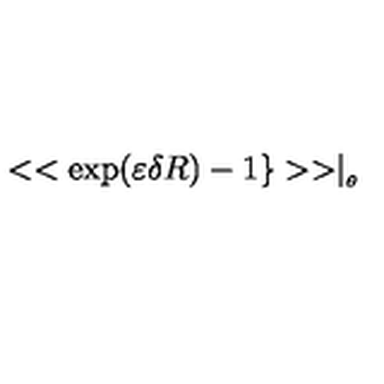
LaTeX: < < \exp ( \varepsilon \delta R ) - 1 \} > > \mid _ { _ { \theta } }